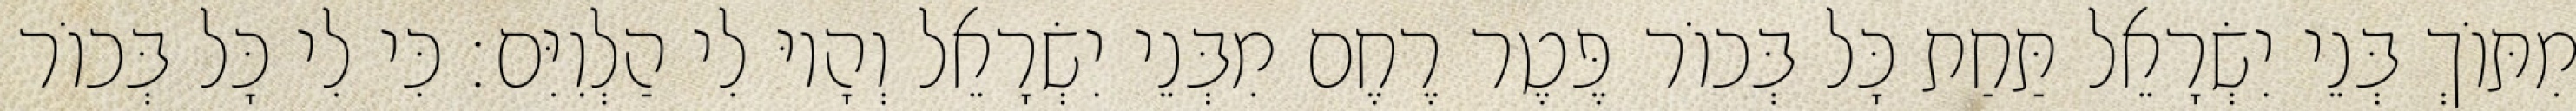
מִתּוֹךְ בְּנֵי יִשְׂרָאֵל תַּחַת כָּל בְּכוֹר פֶּטֶר רֶחֶם מִבְּנֵי יִשְׂרָאֵל וְהָיוּ לִי הַלְוִיִּם׃ כִּי לִי כָּל בְּכוֹר